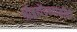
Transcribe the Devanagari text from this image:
श्रीब्रह्मेंद्रस्वामींची